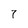
Character: 7